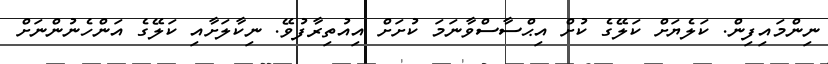
ނިންމައިފިން. ކަލެޔަށް ކަލޭގެ ކުށް އިޙްސާސްވާނަމަ ކުށަށް އިއުތިރާފުވޭ. ނިކާލަށާއި ކަލޭގެ އަންހެނުންނަށް